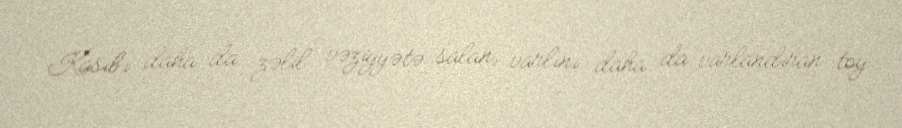
Kasıbı daha da zəlil vəziyyətə salan, varlını daha da varlandıran toy